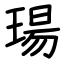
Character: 瑒